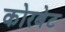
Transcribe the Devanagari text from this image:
कोरबेट